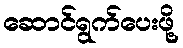
ဆောင်ရွက်ပေးဖို့